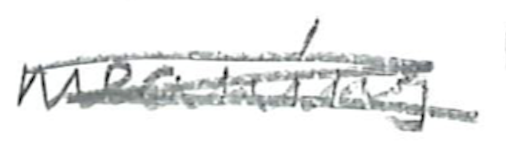
Text: meaning
Cross-out: scratch
Writing tool: pencil